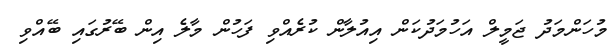
މުހަންމަދު ޖަމީލް އަހުމަދުކަން އިއުލާން ކުރެއްވި ފަހުން މާލެ އިން ބޭރުގައި ބޭއްވި